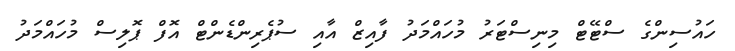
ހައުސިންގެ ސްޓޭޓް މިނިސްޓަރު މުހައްމަދު ފާއިޒް އާއި ސުޕެރިންޑެންޓް އޮފް ޕޮލިސް މުހައްމަދު